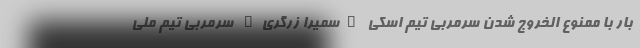
بار با ممنوع الخروج شدن سرمربی تیم اسکی "سمیرا زرگری" سرمربی تیم ملی